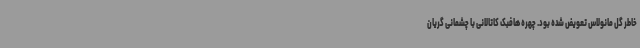
خاطر گل مانولاس تعویض شده بود. چهره هافبک کاتالانی با چشمانی گریان